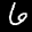
Label: 6